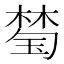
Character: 𱤈